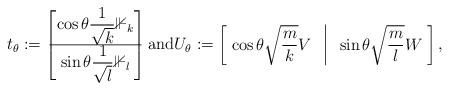
\begin{align*} t_\theta:= \begin{bmatrix} \cos\theta \dfrac{1}{\sqrt{k}} \mathbb{1}_k \\ \hline \sin \theta \dfrac{1}{\sqrt{l}}\mathbb{1}_l \end{bmatrix}\mbox{and} U_\theta:= \begin{bmatrix} \; \cos\theta \sqrt{\dfrac{m}{k}} V & \vline & \sin \theta \sqrt{\dfrac{m}{l}} W \; \end{bmatrix},\end{align*}